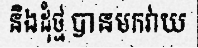
និងដុំថ្ម បានមកវាយ